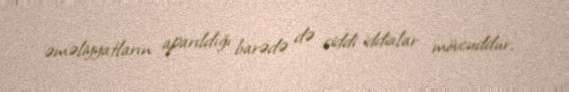
əməliyyatların aparıldığı barədə də ciddi iddialar mövcuddur.